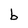
Character: b